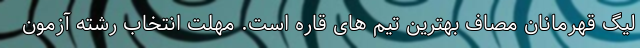
لیگ قهرمانان مصاف بهترین تیم های قاره است. مهلت انتخاب رشته آزمون